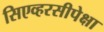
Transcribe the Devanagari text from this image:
सिएव्हरसीपेक्षा